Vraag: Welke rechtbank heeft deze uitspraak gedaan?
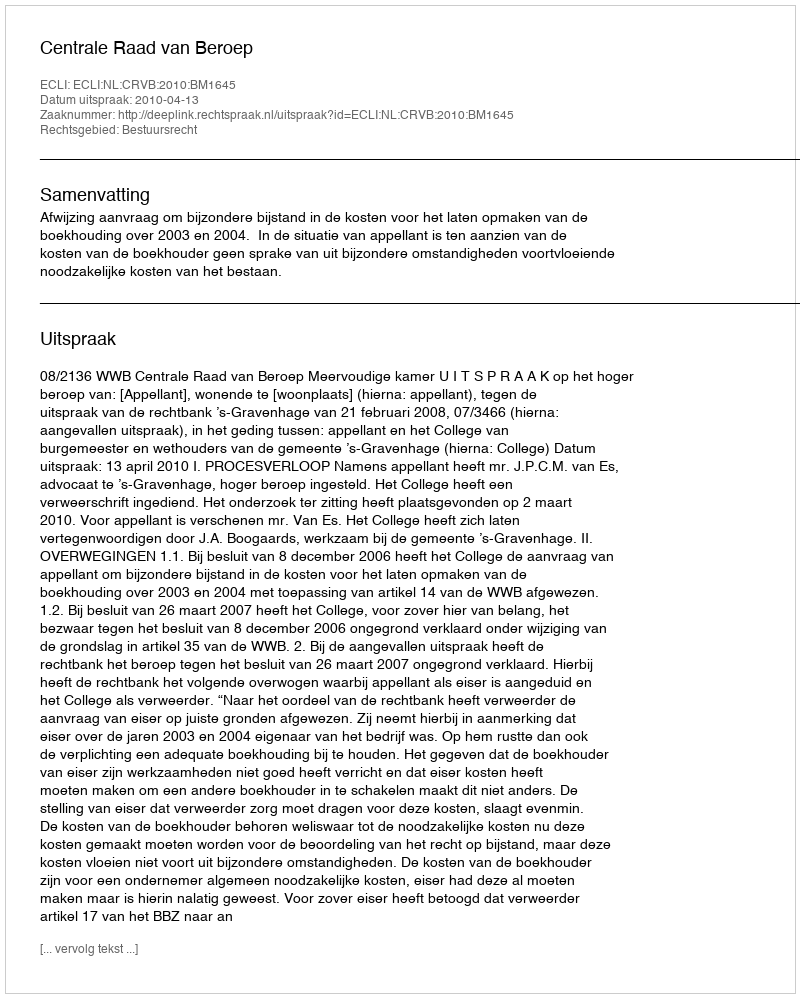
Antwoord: Centrale Raad van Beroep